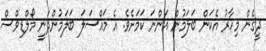
ދީގެން މިހާރު އެކަން ބަލަމުން އަންނަ ކަމަށެވެ. އެ މައްސަލަ ބަލަމުންދަނީ މޯލްޑިވްސް